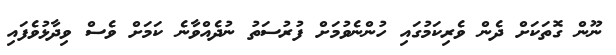
ނޫން ގޮތަކަށް ދެން ވެރިކަމުގައި ހުންނެވުމަށް ފުރުސަތު ނުދެއްވާނެ ކަމަށް ވެސް ވިދާޅުވެފައި